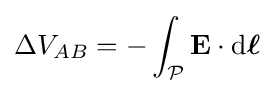
\Delta V_{AB}=-\int _{\mathcal {P}}\mathbf {E} \cdot \mathrm {d} {\boldsymbol {\ell }}